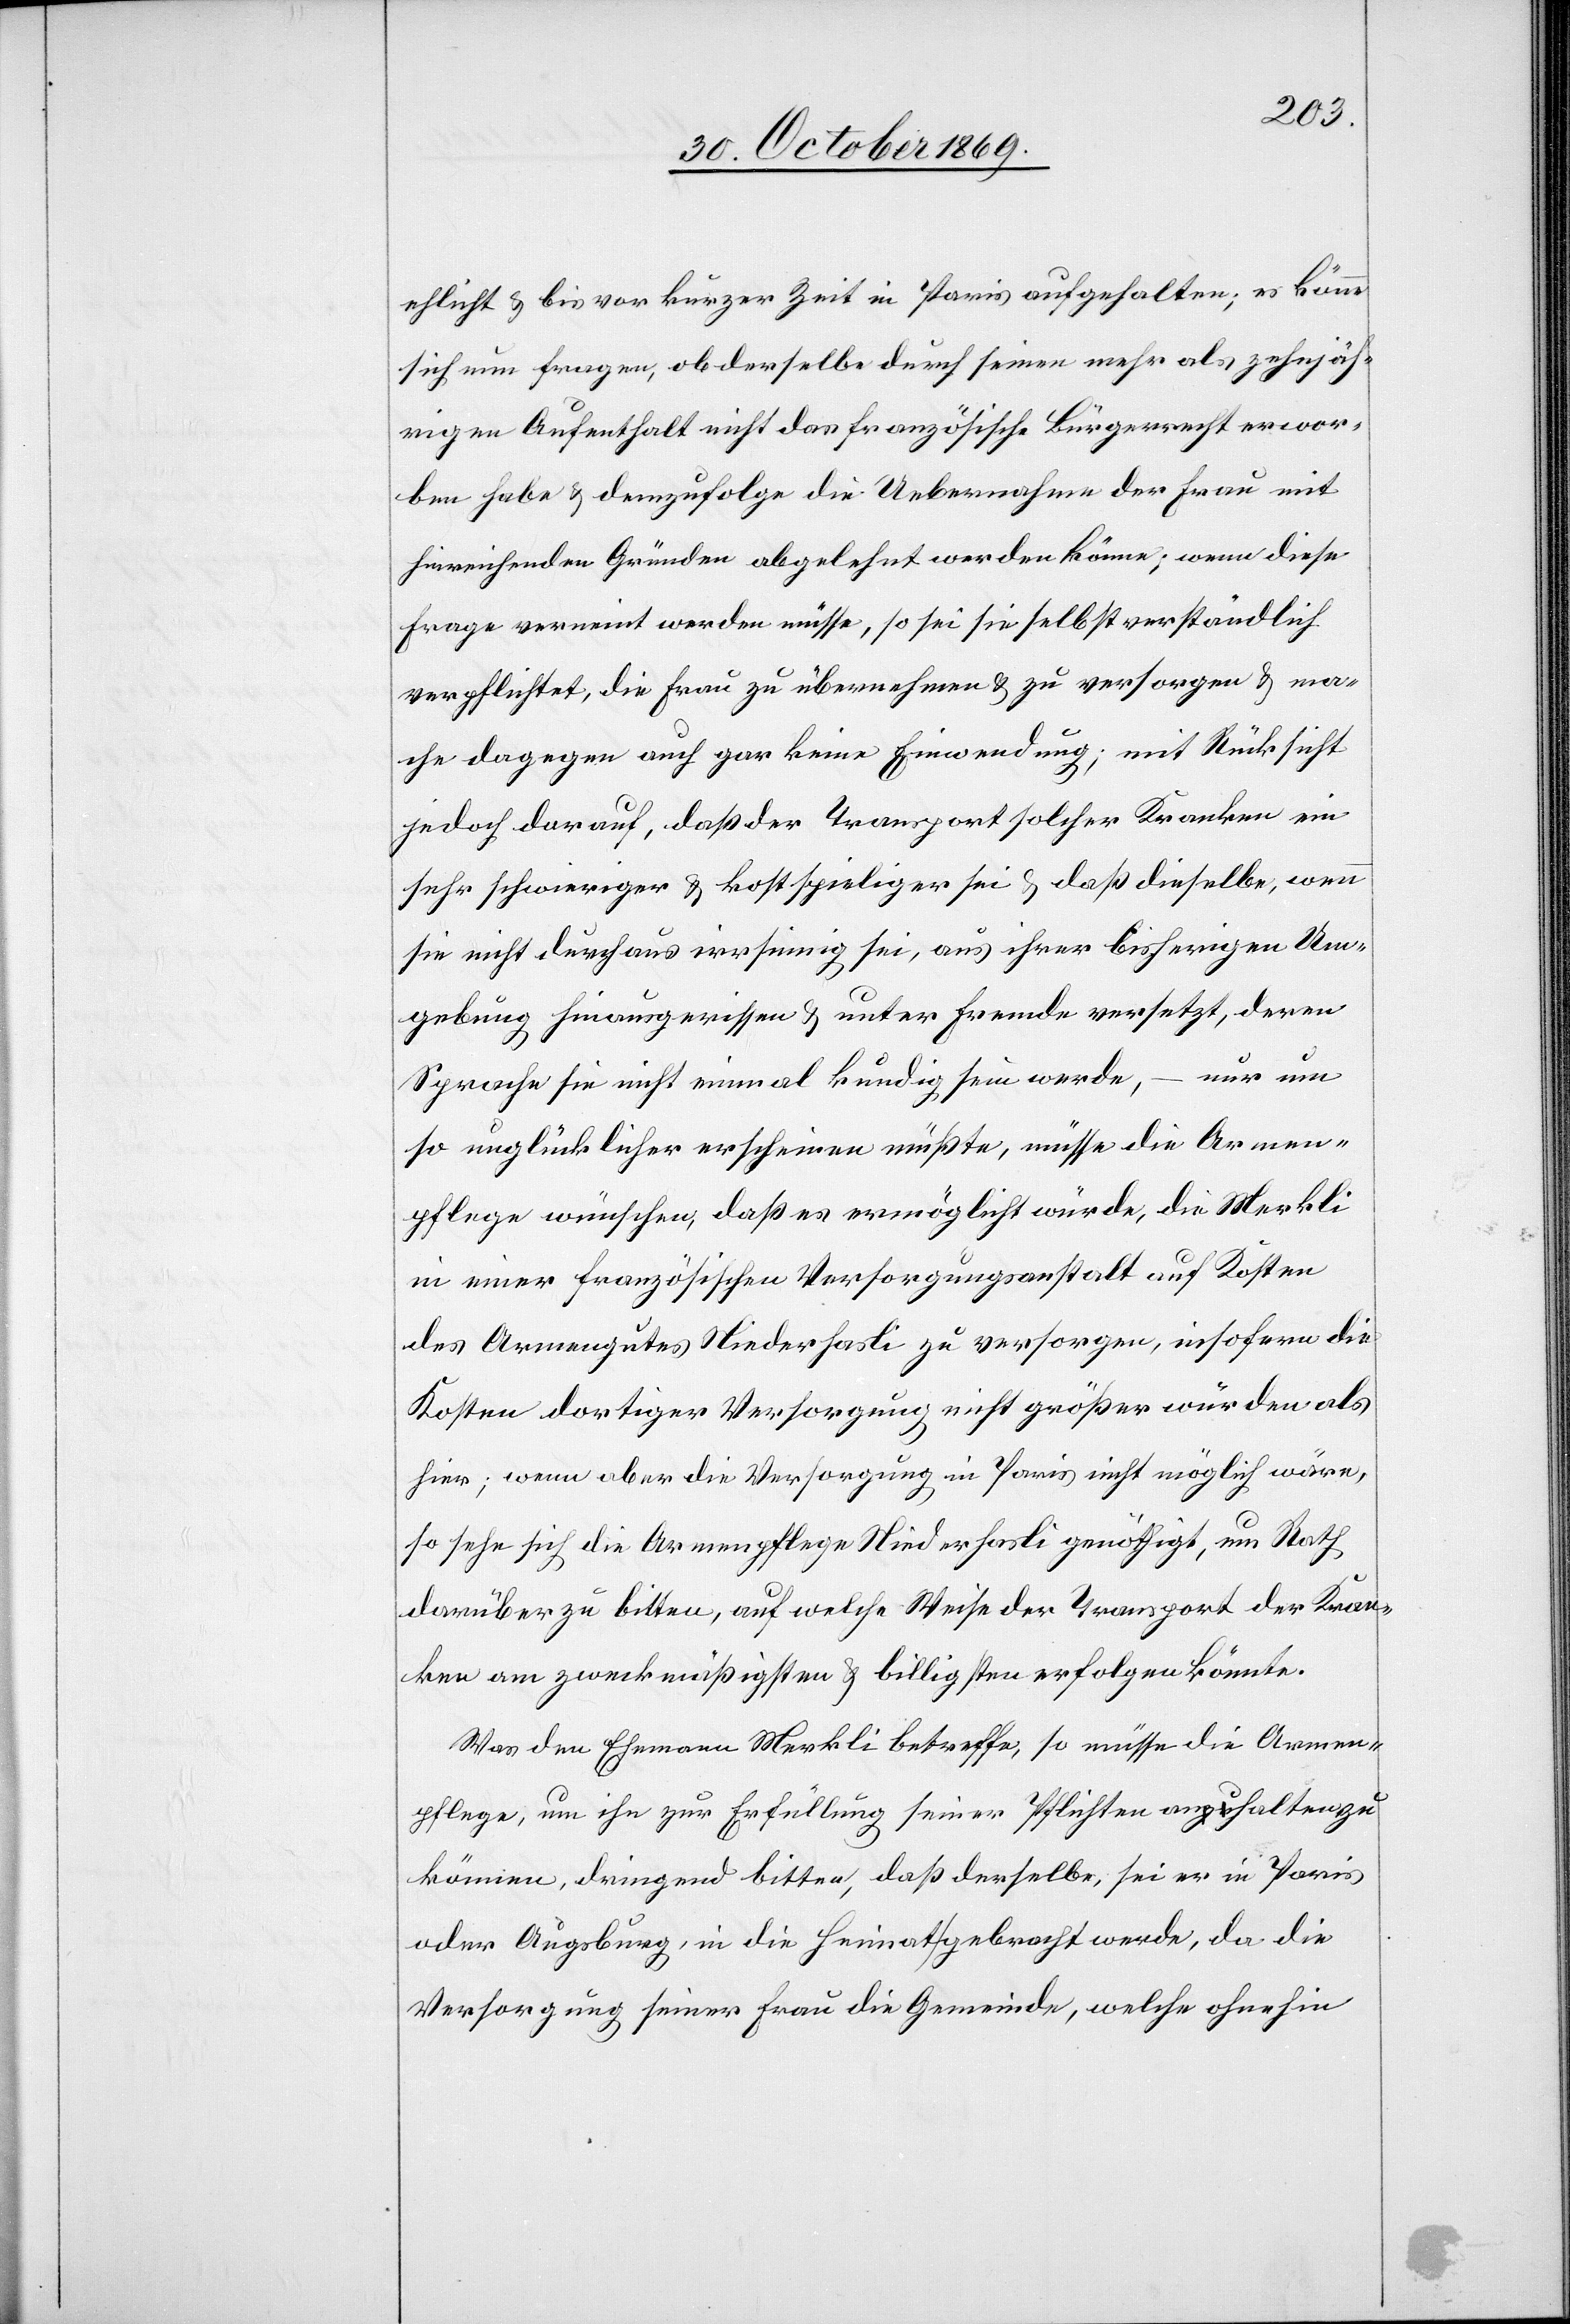
ehlicht & bis vor kurzer Zeit in Paris aufgehalten; es könne
sich nun fragen, ob derselbe durch seinen mehr als zehnjäh¬
rigen Aufenthalt nicht das französische Bürgerrecht erwor¬
ben habe & demzufolge die Uebernahme der Frau mit
hinreichenden Gründen abgelehnt werden könne; wenn diese
Frage verneint werden müsse, so sei sie selbstverständlich
verpflichtet, die Frau zu übernehmen & zu versorgen & ma¬
che dagegen auch gar keine Einwendung; mit Rücksicht
jedoch darauf, daß der Transport solcher Kranken ein
sehr schwieriger & kostspieliger sei & daß dieselbe, wenn
sie nicht durchaus irrsinnig sei, aus ihrer bisherigen Um¬
gebung hinausgerissen & unter Fremde versetzt, deren
Sprache sie nicht einmal kundig sein werde, – nur um
so unglücklicher erscheinen müßte, müsse die Armen¬
pflege wünschen, daß es ermöglicht würde, die Merkli
in einer französischen Versorgungsanstalt auf Kosten
des Armengutes Niederhasli zu versorgen, insofern die
Kosten dortiger Versorgung nicht größer würden als
hier; wenn aber die Versorgung in Paris nicht möglich wäre,
so sehe sich die Armenpflege Niederhasli genöthigt, um Rath
darüber zu bitten, auf welche Weise der Transport der Kran¬
ken am zweckmäßigsten & billigsten erfolgen könnte.
Was den Ehemann Merkli betreffe, so müsse die Armen¬
pflege, um ihn zur Erfüllung seiner Pflichten anhalten zu
können, dringend bitten, daß derselbe, sei er in Paris
oder Augsburg, in die Heimat gebracht werde, da die
Versorgung seiner Frau die Gemeinde, welche ohnehin